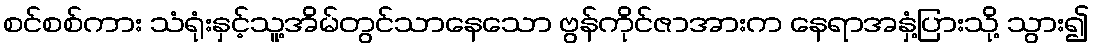
စင်စစ်ကား သံရုံးနှင့်သူ့အိမ်တွင်သာနေသော ဗွန်ကိုင်ဇာအားက နေရာအနှံ့ပြားသို့ သွား၍